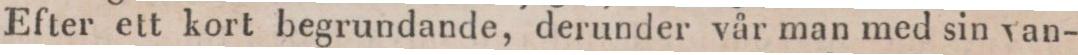
Efter ett kort begrundande, derunder vår man med sin van-